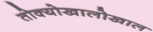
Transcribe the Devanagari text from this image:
तोक्योखालोखाल